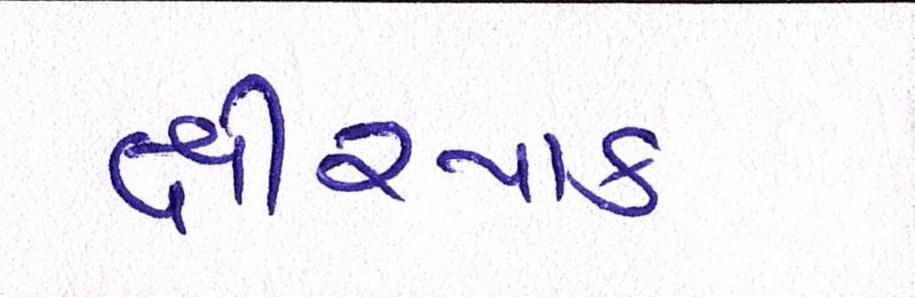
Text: ક્ષીરપાક